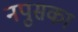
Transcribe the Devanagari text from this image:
नपुसका